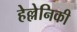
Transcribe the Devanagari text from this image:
हेल्लेनिकी